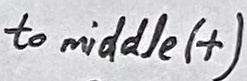
Text: Reverb driver/receiver